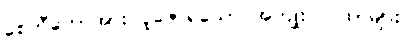
စေတီတော်အား ပူဇော်ရသော အကျိုးပြဂါထာများ။